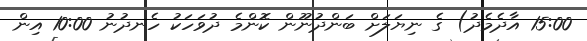
15:00 އާދެމެދު) ގެ ނިޔަލަށް ބަންދުނޫން ކޮންމެ ދުވަހަކު ހެނދުނު 10:00 އިން